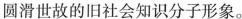
圆滑世故的旧社会知识分子形象。